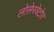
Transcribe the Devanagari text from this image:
लोसेरवेटोर